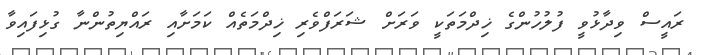
ރައީސް ވިދާޅުވީ ފުލުހުންގެ ޚިދްމަތަކީ ވަރަށް ޝަރަފްވެރި ޚިދްމަތެއް ކަމަށާއި ރައްޔިތުންނާ ގުޅިފައިވާ